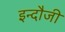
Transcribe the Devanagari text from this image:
इन्दौजी